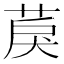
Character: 䓞